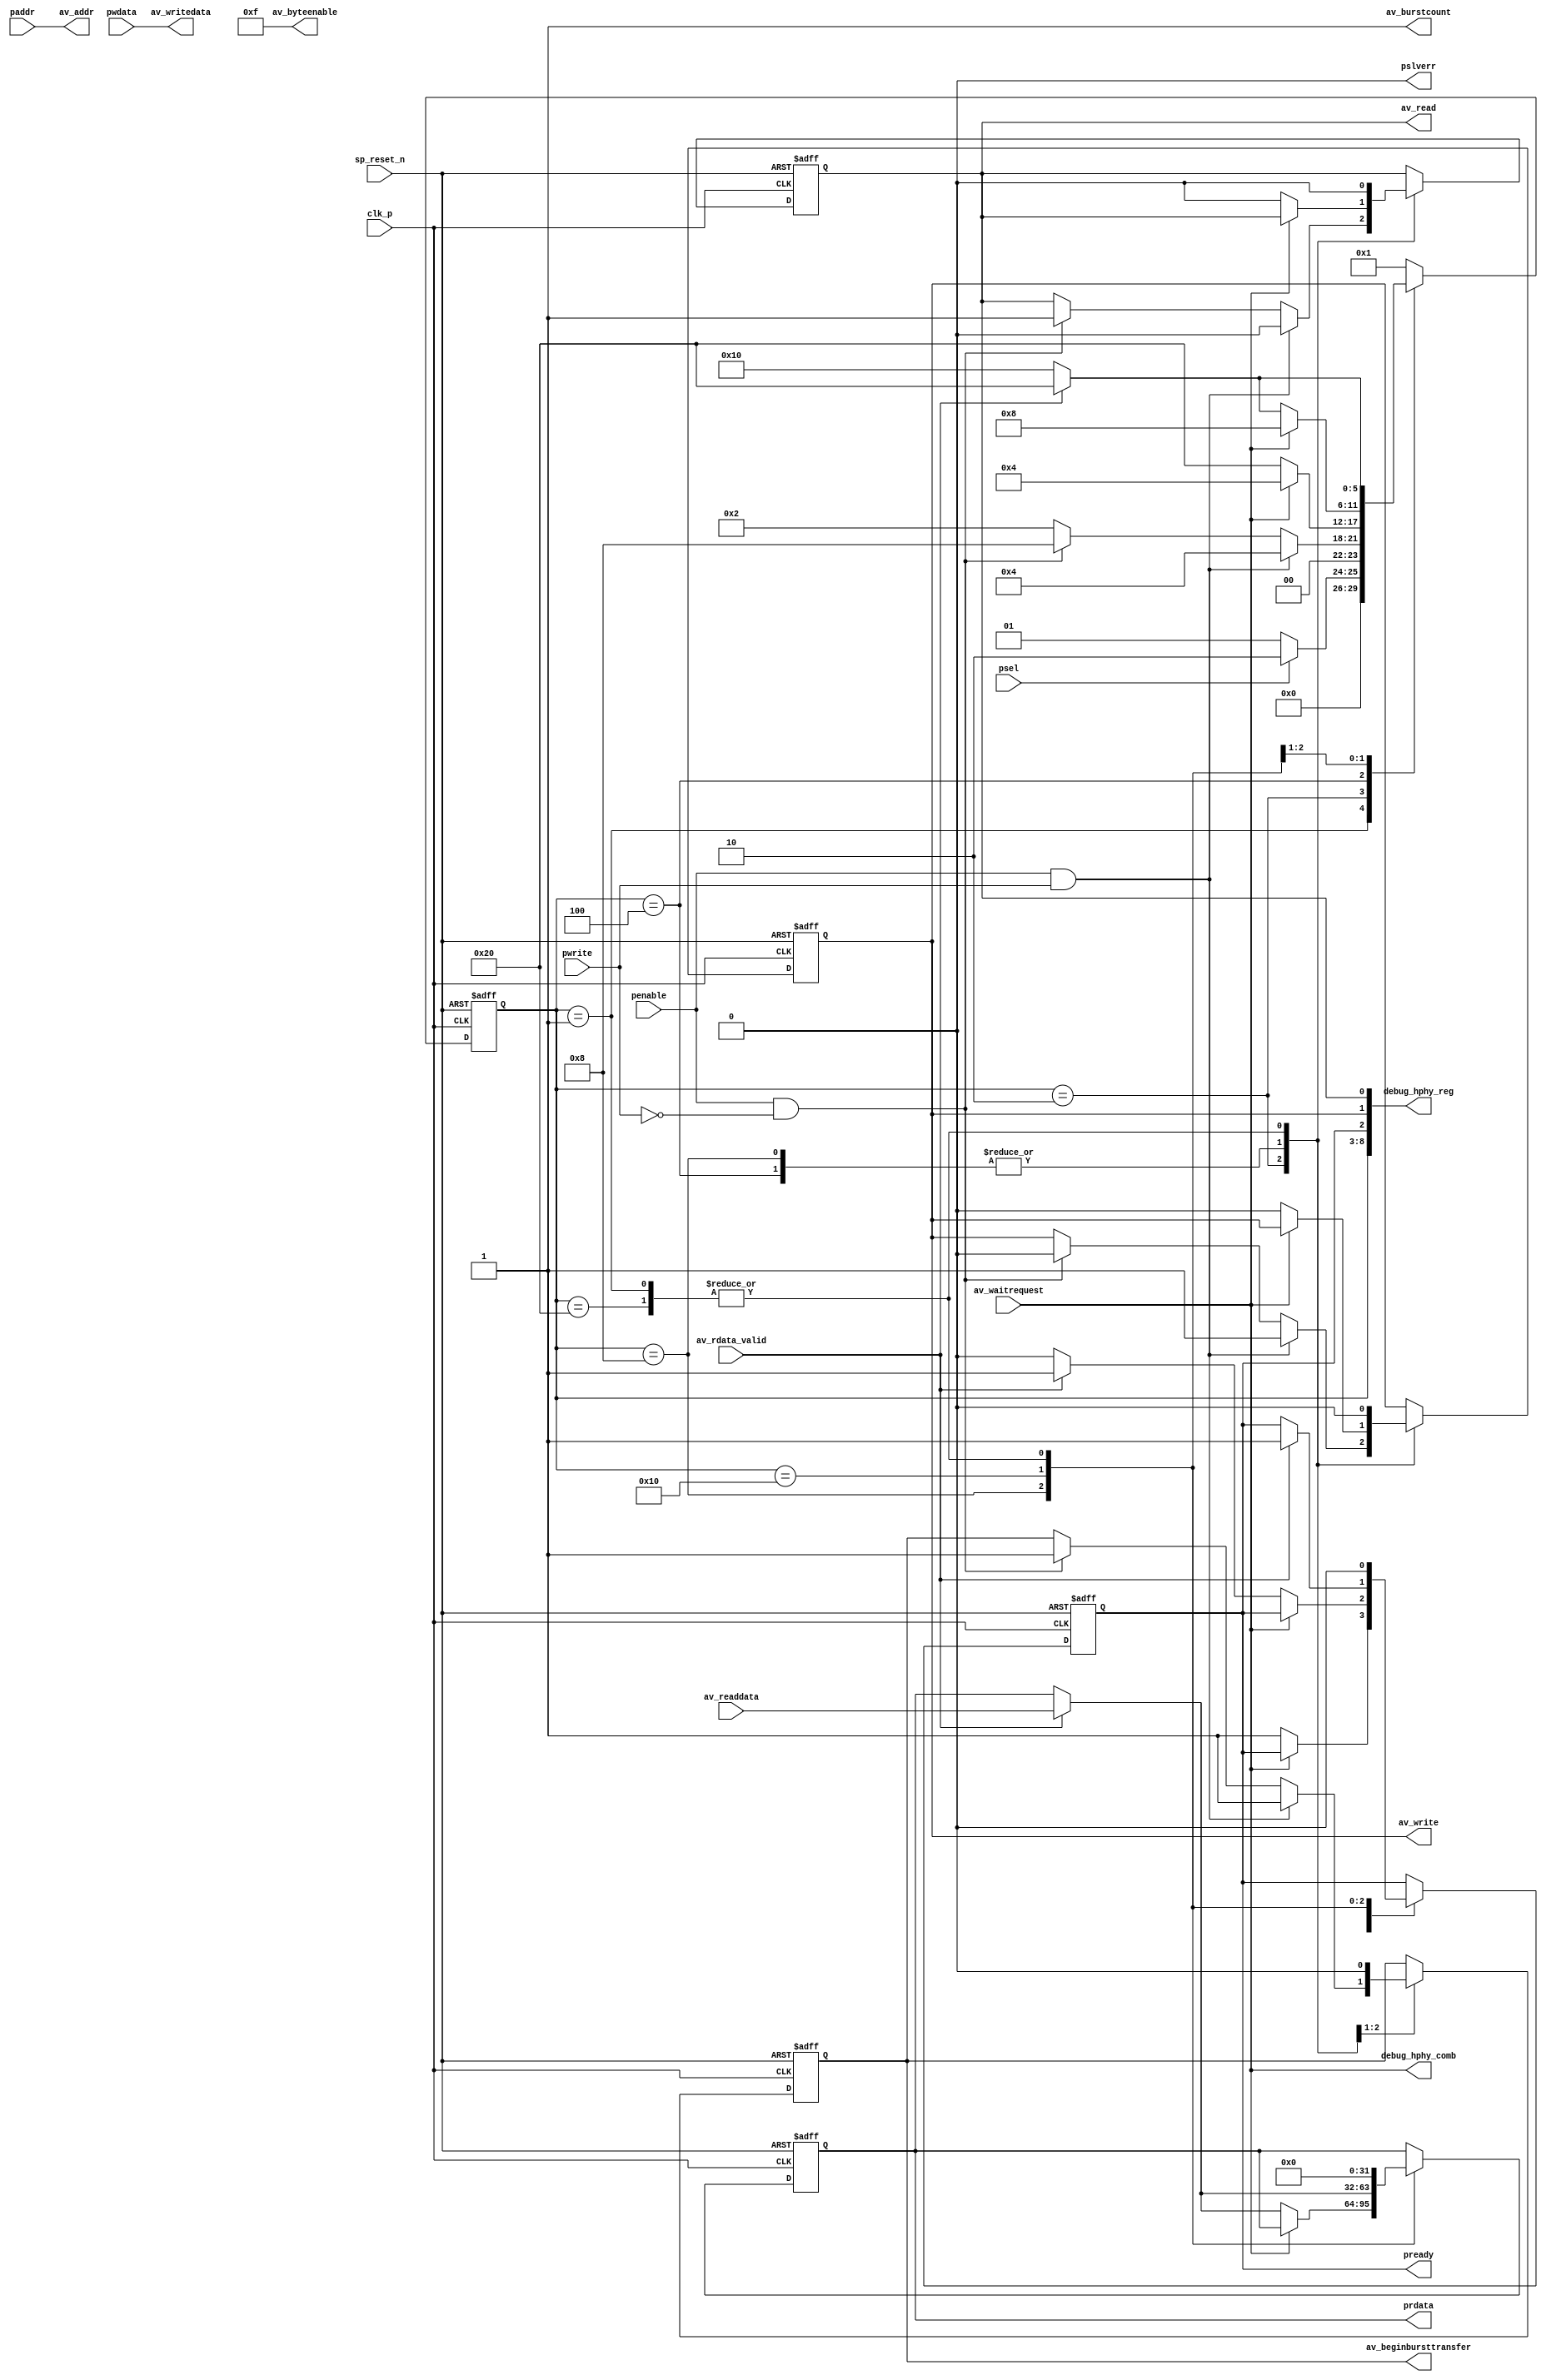
// (C) 2001-2013 Altera Corporation. All rights reserved.
// Your use of Altera Corporation's design tools, logic functions and other 
// software and tools, and its AMPP partner logic functions, and any output 
// files any of the foregoing (including device programming or simulation 
// files), and any associated documentation or information are expressly subject 
// to the terms and conditions of the Altera Program License Subscription 
// Agreement, Altera MegaCore Function License Agreement, or other applicable 
// license agreement, including, without limitation, that your use is for the 
// sole purpose of programming logic devices manufactured by Altera and sold by 
// Altera or its authorized distributors.  Please refer to the applicable 
// agreement for further details.


// (C) 2001-2011 Altera Corporation. All rights reserved.
// Your use of Altera Corporation's design tools, logic functions and other 
// software and tools, and its AMPP partner logic functions, and any output 
// files any of the foregoing (including device programming or simulation 
// files), and any associated documentation or information are expressly subject 
// to the terms and conditions of the Altera Program License Subscription 
// Agreement, Altera MegaCore Function License Agreement, or other applicable 
// license agreement, including, without limitation, that your use is for the 
// sole purpose of programming logic devices manufactured by Altera and sold by 
// Altera or its authorized distributors.  Please refer to the applicable 
// agreement for further details.


module seq_altera_hhp_apb2avalon_bridge #(

  parameter DWIDTH = 32,              // Data width

  parameter AWIDTH = 10,              // Address width

  parameter BYTEENABLE_WIDTH = 4,     // Byteenable width

  parameter BURSTCOUNT_WIDTH = 1      // Burstcount width

)(

//Clock and Reset

  clk_p,

  sp_reset_n,



//APB Slave Port

  paddr,

  psel,

  penable,

  pwrite,

  pwdata,

  pready,

  prdata,

  pslverr,

  

//Avalon Master Port

  av_beginbursttransfer,

  av_burstcount,

  av_addr,

  av_write,

  av_read,

  av_writedata,

  av_readdata,

  av_rdata_valid,

  av_byteenable,

  av_waitrequest,

  debug_hphy_reg,
  debug_hphy_comb
);



// State declaration

parameter [5:0] 

    IDLE        =6'b000001,

    SETUP       =6'b000010,

    WRITE_ACCESS=6'b000100,

    READ_ACCESS =6'b001000,

    RD_WAIT     =6'b010000,

    READY       =6'b100000;



//Clock and Reset

input clk_p;

input sp_reset_n;



//APB Signals

input [DWIDTH-1:0] pwdata;

input [AWIDTH-1:0] paddr;

input psel;

input penable;

input pwrite;



output pslverr;

output reg pready;

output reg [DWIDTH-1:0] prdata;



//Avalon Signals

input [DWIDTH-1:0] av_readdata;

input av_rdata_valid;

input av_waitrequest;



output reg av_beginbursttransfer;

output [BURSTCOUNT_WIDTH-1:0] av_burstcount;

output [AWIDTH-1:0] av_addr;

output reg av_write;

output reg av_read;

output [BYTEENABLE_WIDTH-1:0] av_byteenable;

output [DWIDTH-1:0] av_writedata;



// State FF

reg [5:0] state;




//debug signals
output wire [8:0] debug_hphy_reg;
output wire       debug_hphy_comb;



always @ (posedge clk_p or negedge sp_reset_n)

begin

    if (!sp_reset_n) begin

        state <= IDLE;

        pready <= 1'b0;

        av_write <= 1'b0;

        av_read <= 1'b0;

        av_beginbursttransfer <= 'b0;

        prdata <= 'b0;

    end else

        case(state)

            IDLE: 

                if (psel)

                    begin

                        state <= SETUP;

                        av_write <= 1'b0;

                        av_read <= 1'b0;

                        pready <= 1'b0;

                        prdata <= 'b0;

                    end

                else

                    begin

                        state <= IDLE;

                        av_write <= 1'b0;

                        av_read <= 1'b0;

                        pready <= 1'b0;

                        prdata <= 'b0;

                    end

            

            SETUP:

                if (penable & pwrite)

                    begin

                        state <= WRITE_ACCESS;

                        av_write <= 1'b1;

                        av_read <= 1'b0;

                        av_beginbursttransfer <= 1'b1;

                    end

                else if (penable & !pwrite)

                    begin

                        state <= READ_ACCESS;

                        av_write <= 1'b0;

                        av_read <= 1'b1;

                        av_beginbursttransfer <= 1'b1;

                    end

                else

                    state <= SETUP;

            

            WRITE_ACCESS:

                if (!av_waitrequest)

                    begin

                        state <= READY;

                        pready <= 1'b1;

                        av_write <= 1'b0;

                        av_read <= 1'b0;

                        av_beginbursttransfer <= 1'b0;

                    end

                else

                    begin

                        state <= WRITE_ACCESS;

                        av_beginbursttransfer <= 1'b0;

                    end

            

            READ_ACCESS: 

                if (!av_waitrequest)

                    begin

                        av_write <= 1'b0;

                        av_read <= 1'b0;

                        av_beginbursttransfer <= 1'b0;

                        if (av_rdata_valid) begin

                            state <= READY;

                            pready <= 1'b1;

                            prdata <= av_readdata;

                        end else begin

                            state <= RD_WAIT;

                            pready <= 1'b0;  

                        end

                    end

                else

                    begin

                        av_beginbursttransfer <= 1'b0;

                        state <= READ_ACCESS;

                    end

            

            RD_WAIT: 

                if (av_rdata_valid) begin

                   state <= READY;

                   pready <= 1'b1;

                   prdata <= av_readdata;

                end else

                   state <= RD_WAIT;

            

            READY:

                begin

                    state <= IDLE;

                    av_write <= 1'b0;

                    av_read <= 1'b0;

                    pready <= 1'b0;

                    prdata <= 'b0;

                end

            default : state <= IDLE;

        endcase

end



assign av_writedata = pwdata;

assign av_byteenable = {BYTEENABLE_WIDTH{1'b1}}; //Tie byteenable to 1

assign av_burstcount = 'b1; //Tie burstcount to 1

assign av_addr = paddr;

assign pslverr = 1'b0; //Tie pslverr to 0



function integer log2;  //constant function

  input integer value;

  begin

    if (value > 1)

      value = value -1;

    for (log2=0; value>0; log2=log2+1)

      value = value>>1;

  end

endfunction




//debug signals
assign debug_hphy_reg  = {state[5:0],pready,av_write,av_read};
assign debug_hphy_comb = {av_waitrequest};


endmodule